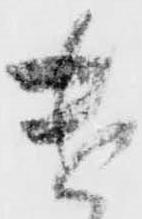
遣